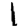
Digit: 1